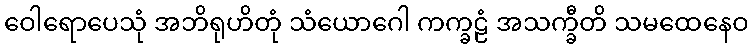
ဝေါရောပေသုံ အဘိရုဟိတုံ သံယောဂေါ ကက္ခဠံ အသက္ခီတိ သမထေနေဝ